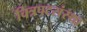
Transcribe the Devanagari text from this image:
चित्रपटसंस्था